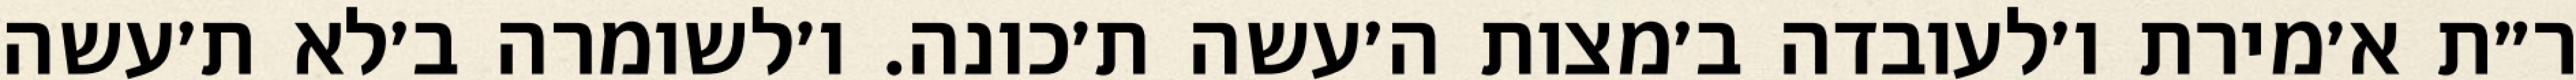
ר״ת א׳מירת ו׳לעובדה ב׳מצות ה׳עשה ת׳כונה. ו׳לשומרה ב׳לא ת׳עשה